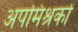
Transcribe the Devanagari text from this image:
अपमिश्रकों